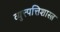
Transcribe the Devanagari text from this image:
व्युत्त्पत्तिशास्त्र